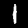
Digit: 1